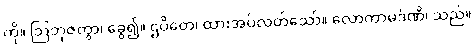
ကို။ ဩဘုဇတွာ၊ ခွေ၍။ ဌပိတေ၊ ထားအပ်လတ်သော်။ လောကာမဒံဏိ၊ သည်။